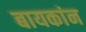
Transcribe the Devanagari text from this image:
बायकांन